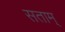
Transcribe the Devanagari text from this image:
सताम्